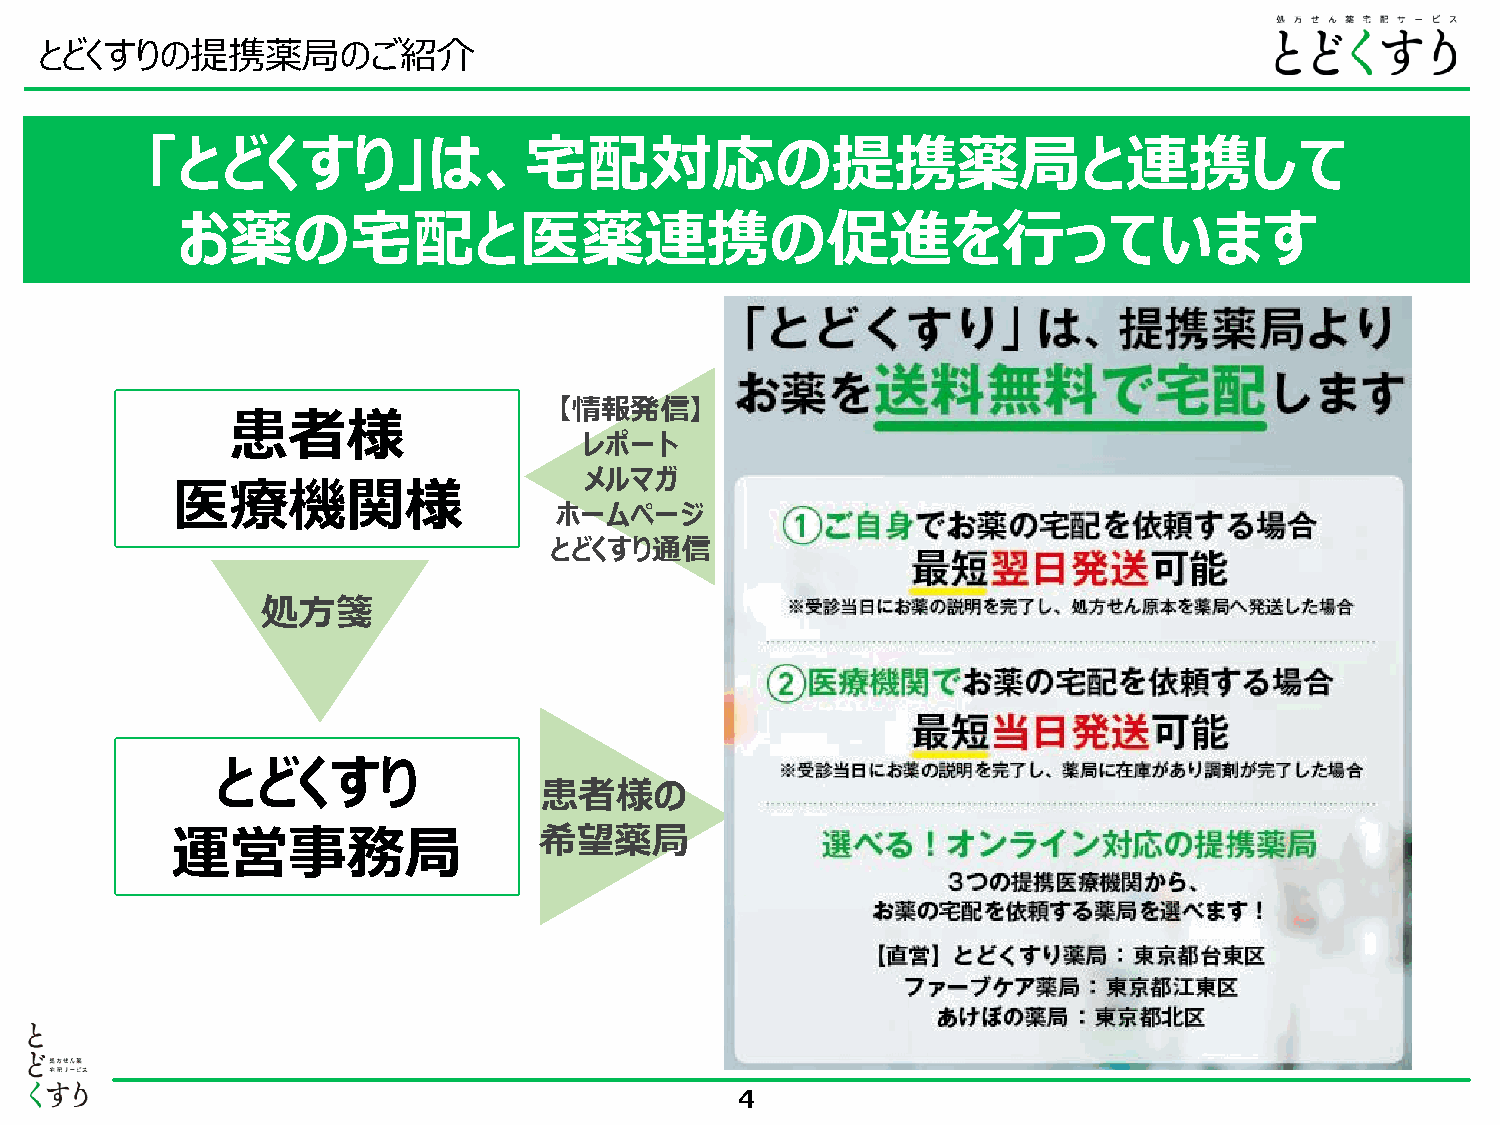
とどくすりの提携薬局のご紹介
 「とどくすり」は、宅配対応の提携薬局と連携して
 お薬の宅配と医薬連携の促進を行っています
 【情報発信】
 患者様
 レポート
 メルマガ
 医療機関様
 ホームページ
 とどくすり通信
 処方箋
 とどくすり
 患者様の
 運営事務局                    希望薬局
 4